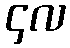
၄လ